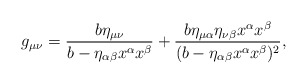
\begin{align*} g_{\mu\nu}=\frac{b\eta_{\mu\nu}}{b-\eta_{\alpha\beta}x^\alpha x^\beta}+\frac{b\eta_{\mu\alpha}\eta_{\nu\beta}x^\alpha x^\beta}{(b-\eta_{\alpha\beta}x^\alpha x^\beta)^2},\end{align*}